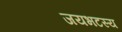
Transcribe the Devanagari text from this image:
जयभटस्य